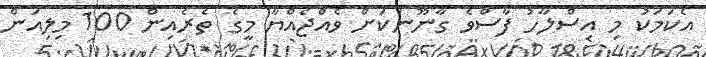
އެކަމަކު މި އިސްލާހު ފާސްވެ ގާނޫނަކަށް ވެއްޖެއްޔާ މީގެ ތެރެއިން 100 މިލިއަން